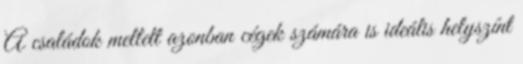
A családok mellett azonban cégek számára is ideális helyszínt